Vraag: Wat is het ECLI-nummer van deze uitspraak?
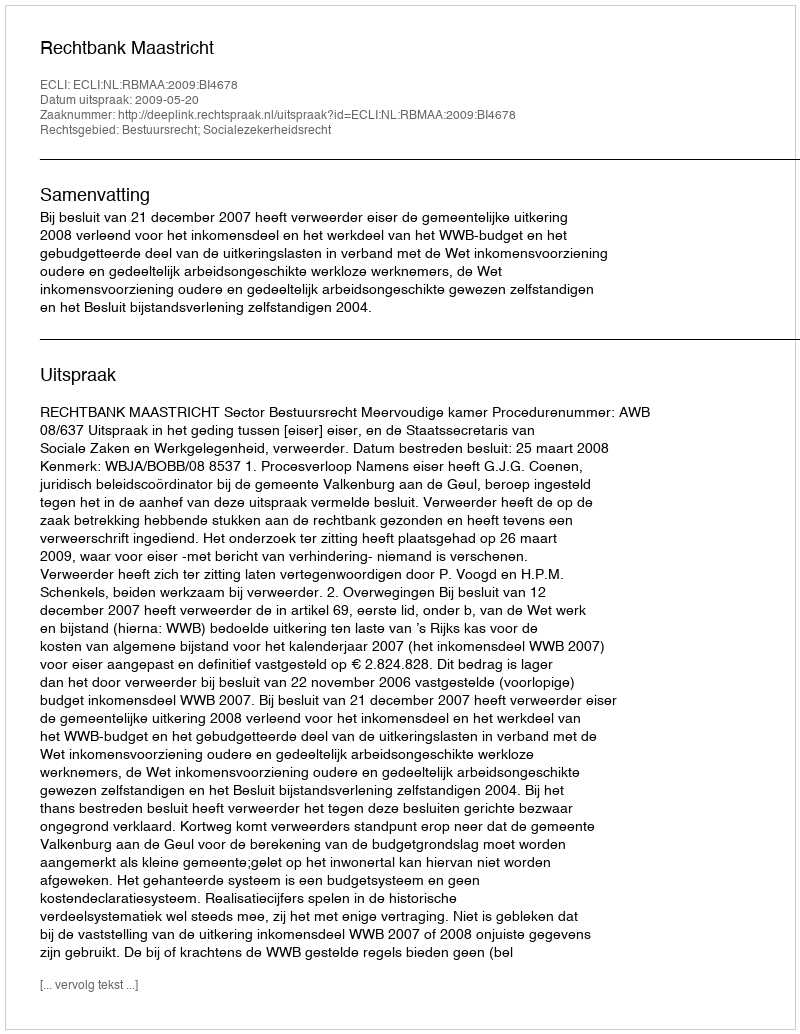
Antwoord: ECLI:NL:RBMAA:2009:BI4678